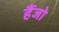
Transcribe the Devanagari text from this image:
हैंजो